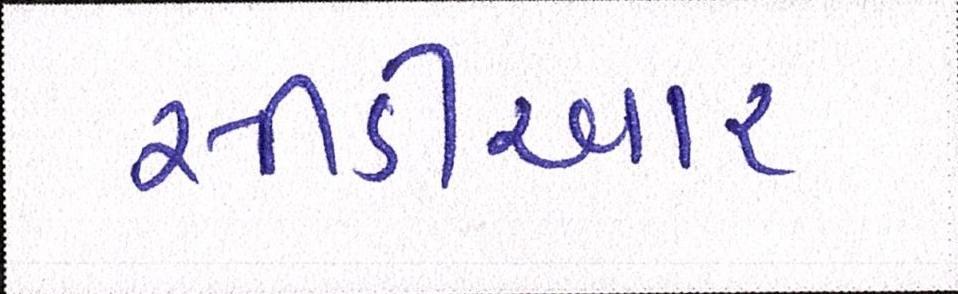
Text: સીડીઆર